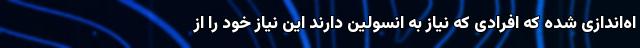
اه‌اندازی شده که افرادی که نیاز به انسولین دارند این نیاز خود را از